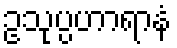
ဥသုပ္ပဟာရာနံ